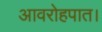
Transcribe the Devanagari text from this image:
आवरोहपात।